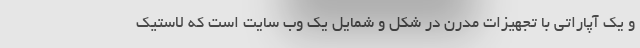
و یک آپاراتی با تجهیزات مدرن در شکل و شمایل یک وب سایت است که لاستیک